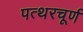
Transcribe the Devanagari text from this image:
पत्थरचूर्ण